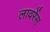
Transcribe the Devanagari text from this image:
लावरेंस